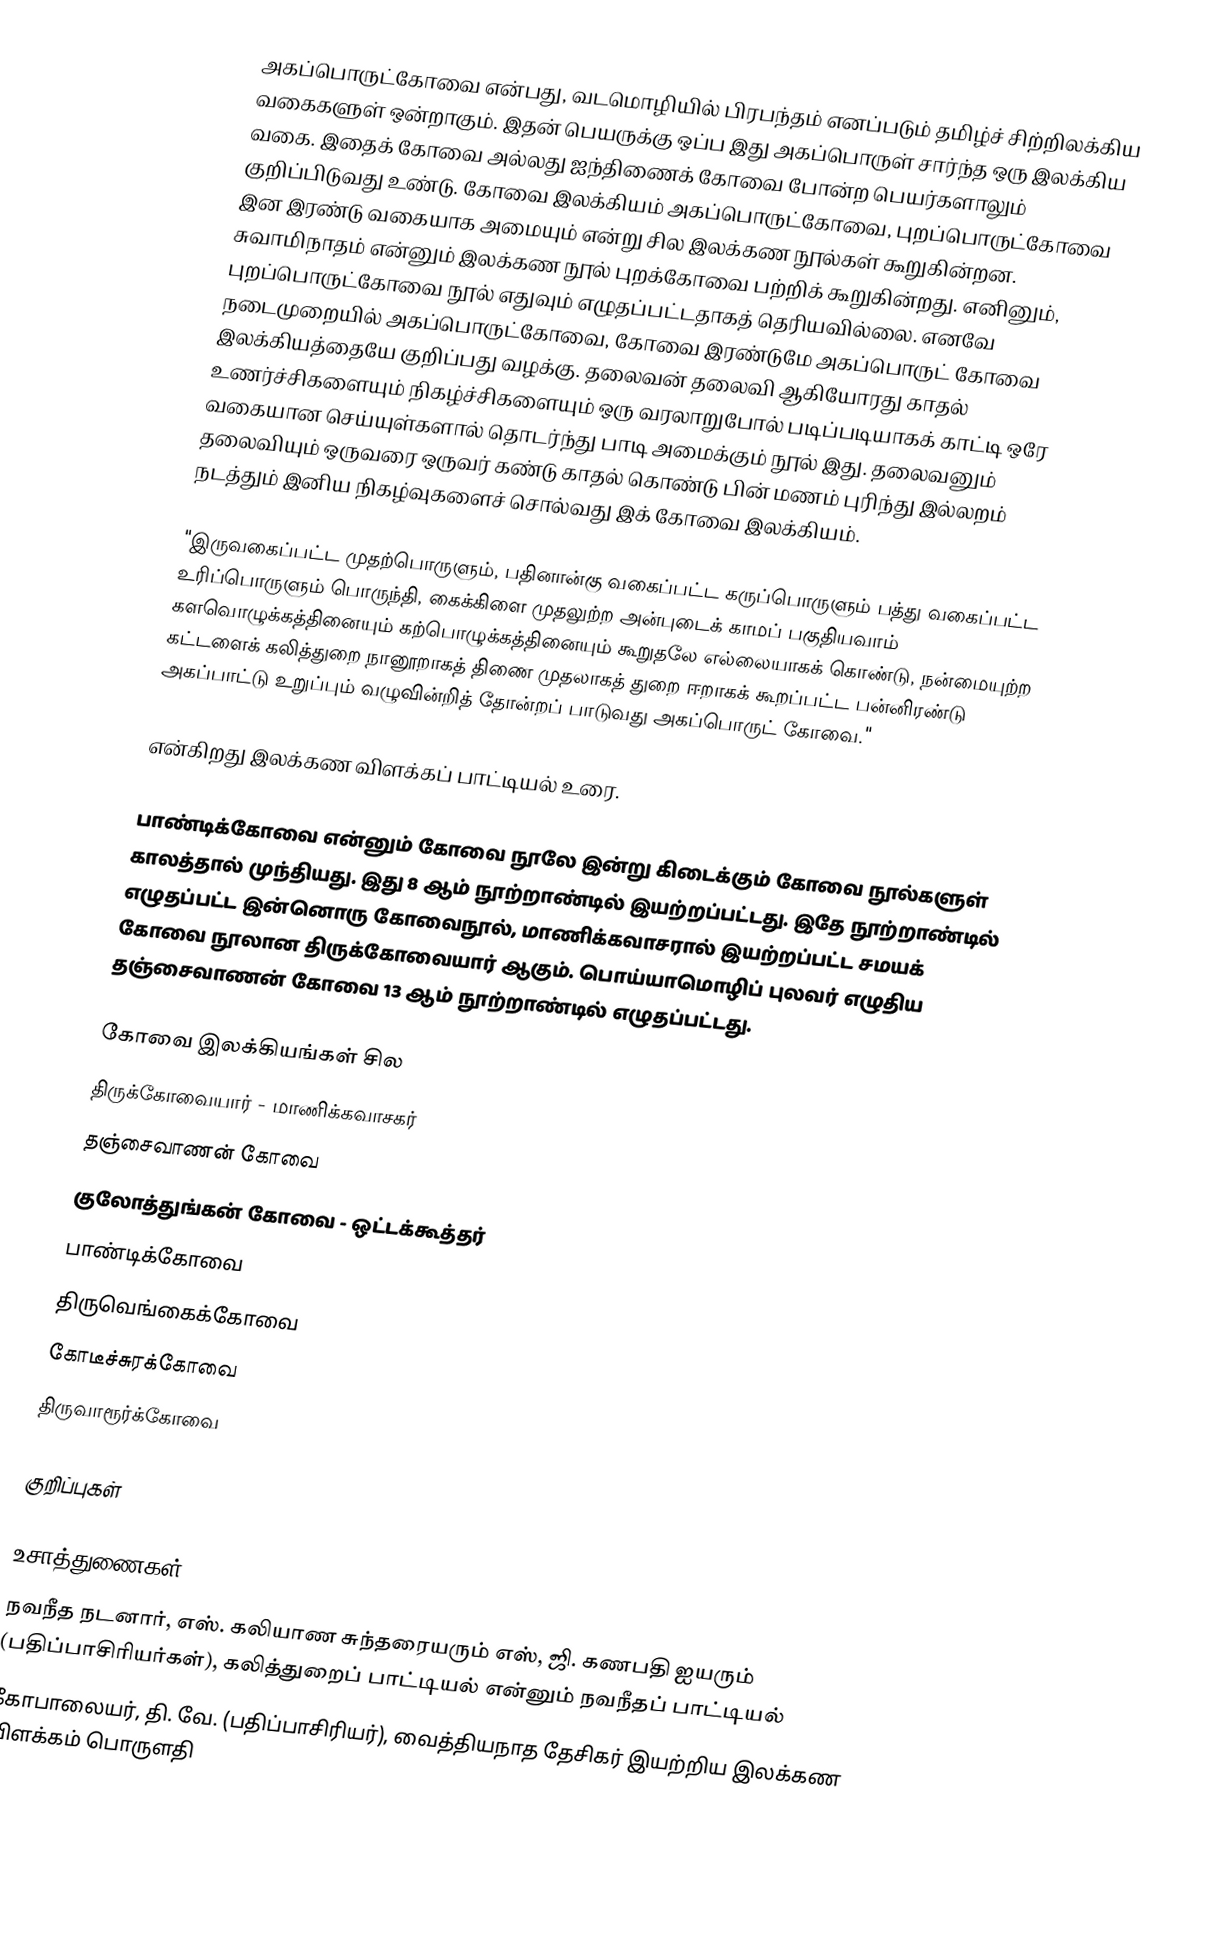
அகப்பொருட்கோவை என்பது, வடமொழியில் பிரபந்தம் எனப்படும் தமிழ்ச் சிற்றிலக்கிய வகைகளுள் ஒன்றாகும். இதன் பெயருக்கு ஒப்ப இது அகப்பொருள் சார்ந்த ஒரு இலக்கிய வகை. இதைக் கோவை அல்லது ஐந்திணைக் கோவை போன்ற பெயர்களாலும் குறிப்பிடுவது உண்டு. கோவை இலக்கியம் அகப்பொருட்கோவை, புறப்பொருட்கோவை இன இரண்டு வகையாக அமையும் என்று சில இலக்கண நூல்கள் கூறுகின்றன. சுவாமிநாதம் என்னும் இலக்கண நூல் புறக்கோவை பற்றிக் கூறுகின்றது. எனினும், புறப்பொருட்கோவை நூல் எதுவும் எழுதப்பட்டதாகத் தெரியவில்லை. எனவே நடைமுறையில் அகப்பொருட்கோவை, கோவை இரண்டுமே அகப்பொருட் கோவை இலக்கியத்தையே குறிப்பது வழக்கு. தலைவன் தலைவி ஆகியோரது காதல் உணர்ச்சிகளையும் நிகழ்ச்சிகளையும் ஒரு வரலாறுபோல் படிப்படியாகக் காட்டி ஒரே வகையான செய்யுள்களால் தொடர்ந்து பாடி அமைக்கும் நூல் இது. தலைவனும் தலைவியும் ஒருவரை ஒருவர் கண்டு காதல் கொண்டு பின் மணம் புரிந்து இல்லறம் நடத்தும் இனிய நிகழ்வுகளைச் சொல்வது இக் கோவை இலக்கியம்.

 "இருவகைப்பட்ட முதற்பொருளும், பதினான்கு வகைப்பட்ட கருப்பொருளும் பத்து வகைப்பட்ட உரிப்பொருளும் பொருந்தி, கைக்கிளை முதலுற்ற அன்புடைக் காமப் பகுதியவாம் களவொழுக்கத்தினையும் கற்பொழுக்கத்தினையும் கூறுதலே எல்லையாகக் கொண்டு, நன்மையுற்ற கட்டளைக் கலித்துறை நானூறாகத் திணை முதலாகத் துறை ஈறாகக் கூறப்பட்ட பன்னிரண்டு அகப்பாட்டு உறுப்பும் வழுவின்றித் தோன்றப் பாடுவது அகப்பொருட் கோவை."

என்கிறது இலக்கண விளக்கப் பாட்டியல் உரை.

பாண்டிக்கோவை என்னும் கோவை நூலே இன்று கிடைக்கும் கோவை நூல்களுள் காலத்தால் முந்தியது. இது 8 ஆம் நூற்றாண்டில் இயற்றப்பட்டது. இதே நூற்றாண்டில் எழுதப்பட்ட இன்னொரு கோவைநூல், மாணிக்கவாசரால் இயற்றப்பட்ட சமயக் கோவை நூலான திருக்கோவையார் ஆகும். பொய்யாமொழிப் புலவர் எழுதிய தஞ்சைவாணன் கோவை 13 ஆம் நூற்றாண்டில் எழுதப்பட்டது.

கோவை இலக்கியங்கள் சில
 திருக்கோவையார் - மாணிக்கவாசகர்
 தஞ்சைவாணன் கோவை
 குலோத்துங்கன் கோவை - ஒட்டக்கூத்தர்
 பாண்டிக்கோவை
 திருவெங்கைக்கோவை
 கோடீச்சுரக்கோவை
 திருவாரூர்க்கோவை

குறிப்புகள்

உசாத்துணைகள்
 நவநீத நடனார், எஸ். கலியாண சுந்தரையரும் எஸ், ஜி. கணபதி ஐயரும் (பதிப்பாசிரியர்கள்), கலித்துறைப் பாட்டியல் என்னும் நவநீதப் பாட்டியல்
 கோபாலையர், தி. வே. (பதிப்பாசிரியர்), வைத்தியநாத தேசிகர் இயற்றிய இலக்கண விளக்கம் பொருளதி